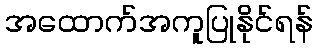
အထောက်အကူပြုနိုင်ရန်